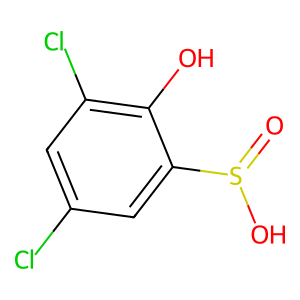
SMILES: O=S(O)c1cc(Cl)cc(Cl)c1O
Inhibits HIV replication: No